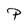
Character: P